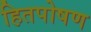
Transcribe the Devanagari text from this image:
हितपोषण